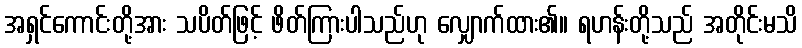
အရှင်ကောင်းတို့အား သပိတ်ဖြင့် ဖိတ်ကြားပါသည်ဟု လျှောက်ထား၏။ ရဟန်းတို့သည် အတိုင်းမသိ